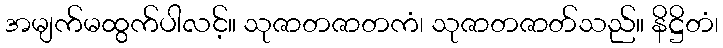
အမျက်မထွက်ပါလင့်။ သုဇာတဇာတကံ၊ သုဇာတဇာတ်သည်။ နိဋ္ဌိတံ၊